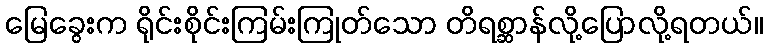
မြေခွေးက ရိုင်းစိုင်းကြမ်းကြုတ်သော တိရစ္ဆာန်လို့ပြောလို့ရတယ်။